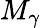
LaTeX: M_{\gamma}